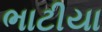
ભાટીયા